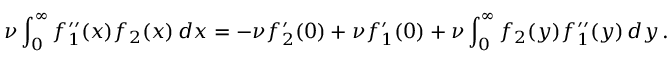
\nu \int _ { 0 } ^ { \infty } f _ { 1 } ^ { \prime \prime } ( x ) f _ { 2 } ( x ) \, d x = - \nu f _ { 2 } ^ { \prime } ( 0 ) + \nu f _ { 1 } ^ { \prime } ( 0 ) + \nu \int _ { 0 } ^ { \infty } f _ { 2 } ( y ) f _ { 1 } ^ { \prime \prime } ( y ) \, d y \, .